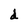
Character: d